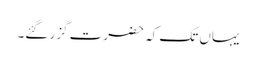
یہاں تک کہ حضرت گزر گئے۔